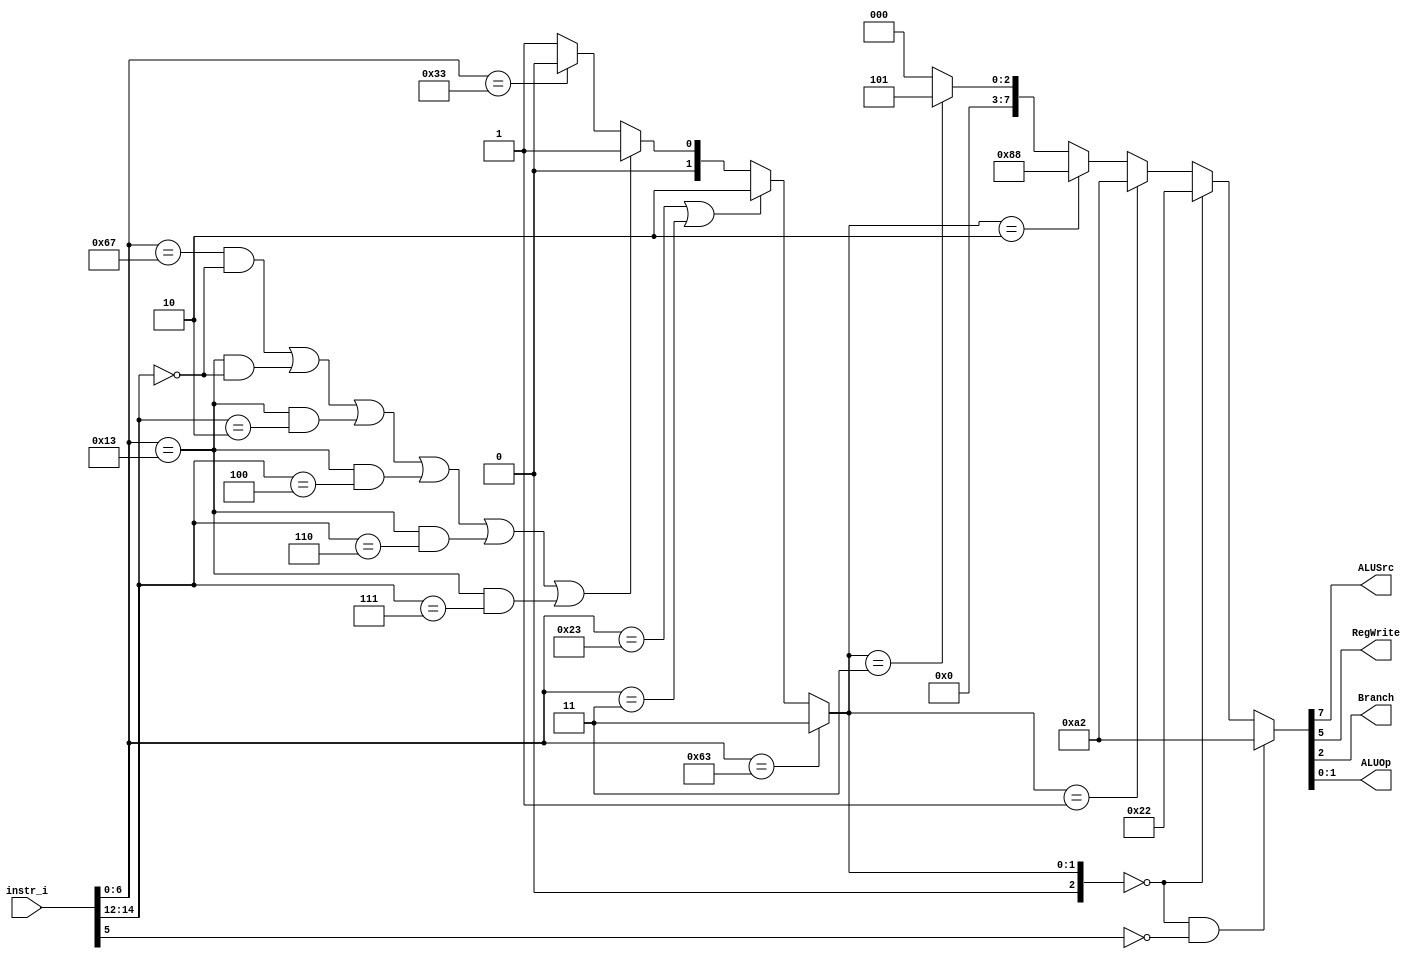
/***************************************************
Student Name: 
Student ID: 
***************************************************/

`timescale 1ns/1ps

module Decoder(
	input [32-1:0] 	instr_i,
	output wire			ALUSrc,
	output wire			RegWrite,
	output wire			Branch,
	output wire [2-1:0]	ALUOp
	);
	
//Internal Signals
wire	[7-1:0]		opcode;
wire 	[3-1:0]		funct3;
wire	[3-1:0]		Instr_field;
wire	[9-1:0]		Ctrl_o;

assign opcode = instr_i[6:0];
assign funct3 = instr_i[14:12];

// Check Instr. Field
// 0:R-type, 1:I-type, 2:S-type, 3:B-type					 
assign Instr_field = (opcode==7'b1100011) ?3:(   //B-type -> instr_field=3
                                         ((opcode==7'b0100011) || (opcode==7'b0000011))?2:((  //S-type || LW -> instr_field=3
					 (opcode==7'b1100111 && funct3==3'b000) ||	//JALR
                     			 (opcode==7'b0010011 && funct3==3'b000) ||	//ADDI
					 (opcode==7'b0010011 && funct3==3'b010) ||	//SLTI
					 (opcode==7'b0010011 && funct3==3'b100) ||	//XORI
					 (opcode==7'b0010011 && funct3==3'b110) ||	//ORI
					 (opcode==7'b0010011 && funct3==3'b111))?1:(    //ANDI
					 (opcode==7'b0110011)?0:
					 1)));
					 
assign Ctrl_o = (Instr_field==0 && opcode[5]==0)?9'b010100010:( 		   //R-type            ALUop=10
				(Instr_field==0)?9'b000100010:( 
			      //(Instr_field==1 && funct3==3'b010)?9'b011110000:( //I-type(LW)         ALUop=00
				(Instr_field==1)?9'b010100010:(			  //I-type(arithmetic) ALUop=10
				(Instr_field==2)?9'b010001000:( 		  //S-type(SW)	       ALUop=00
				(Instr_field==3)?9'b000000101:( 		  //B-type 	       ALUop=01
				0)))));
				
assign ALUSrc 	= Ctrl_o[7];
assign RegWrite = Ctrl_o[5];
assign Branch	= Ctrl_o[2];
assign ALUOp 	= {Ctrl_o[1:0]};

endmodule